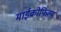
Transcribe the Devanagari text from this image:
माईक्रोफिल्म